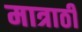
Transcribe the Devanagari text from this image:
मात्राठी